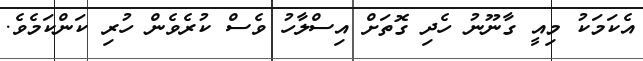
އެކަމަކު މިއީ ގާނޫނު ހެދި ގޮތަށް އިސްލާހު ވެސް ކުރެވެން ހުރި ކަންކަމެވެ.